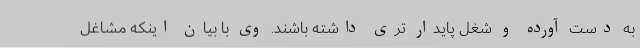
به دست آورده و شغل پایدار تری داشته باشند. وی با بیان اینکه مشاغل